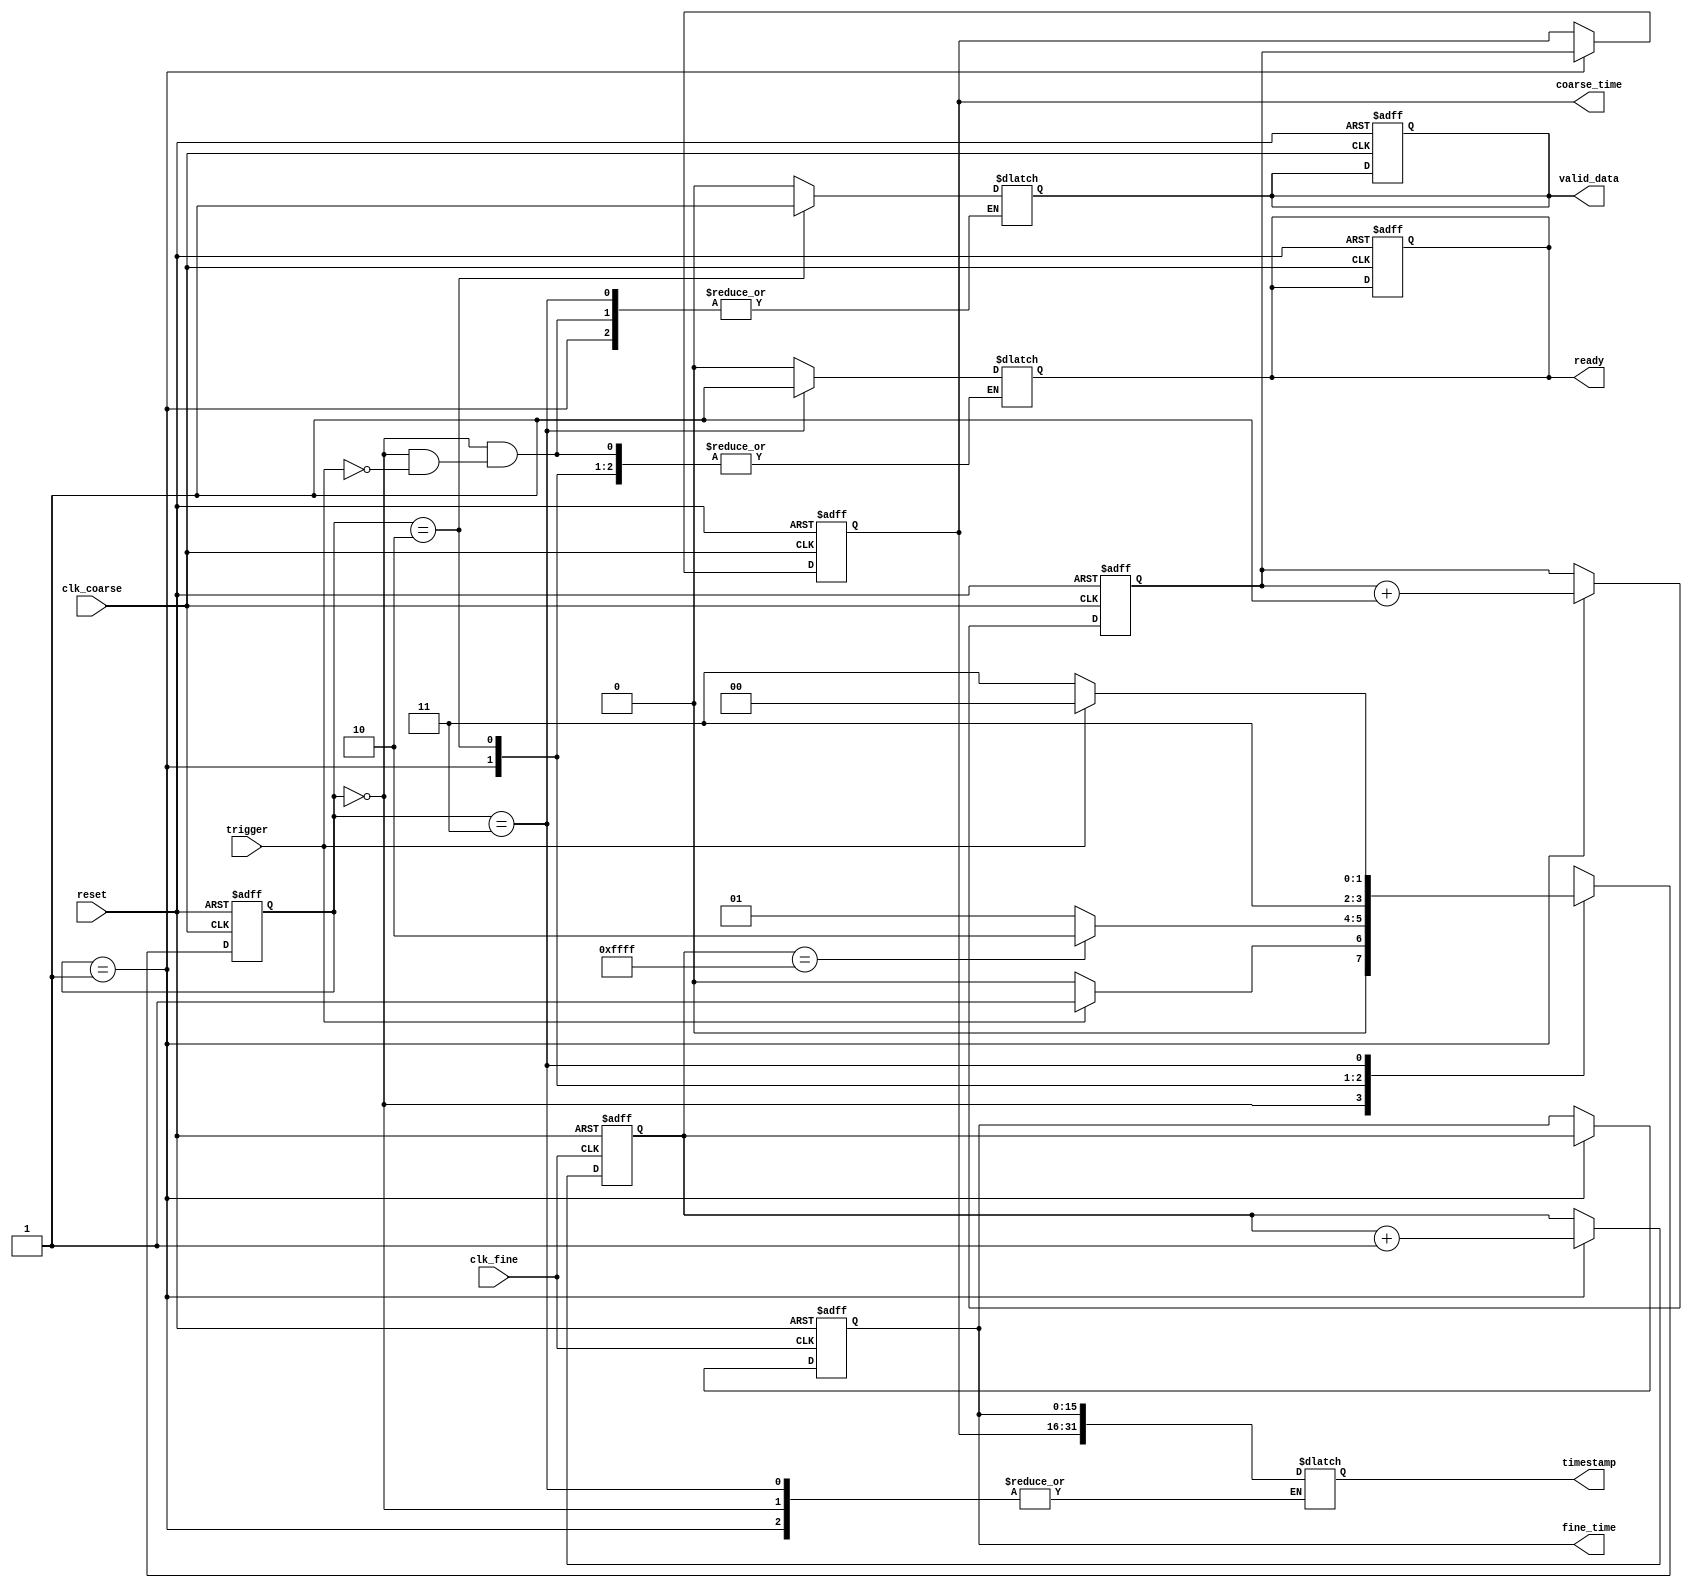
module TDC (
    input wire clk_coarse,            // Coarse clock
    input wire clk_fine,              // Fine clock
    input wire trigger,               // Trigger signal for timing
    input wire reset,                 // Reset signal
    output reg [15:0] coarse_time,    // Coarse time measurement
    output reg [15:0] fine_time,      // Fine time measurement
    output reg [31:0] timestamp,      // Combined timestamp
    output reg valid_data,            // Data valid signal
    output reg ready                  // Ready signal for output
);

    // State encoding for FSM
    localparam IDLE         = 2'b00;
    localparam MEASURE      = 2'b01;
    localparam STORE        = 2'b10;
    localparam OUTPUT       = 2'b11;

    reg [1:0] state, next_state;

    // Coarse and fine counters
    reg [15:0] coarse_counter;
    reg [15:0] fine_counter;

    // Control logic for timing
    always @(posedge clk_coarse or posedge reset) begin
        if (reset) begin
            coarse_counter <= 16'b0;
            coarse_time <= 16'b0;
        end else begin
            if (state == MEASURE) begin
                coarse_counter <= coarse_counter + 1;
                coarse_time <= coarse_counter;
            end
        end
    end

    // Fine time measurement
    always @(posedge clk_fine or posedge reset) begin
        if (reset) begin
            fine_counter <= 16'b0;
            fine_time <= 16'b0;
        end else begin
            if (state == MEASURE) begin
                fine_counter <= fine_counter + 1;
                fine_time <= fine_counter;
            end
        end
    end

    // State machine for control logic
    always @(posedge clk_coarse or posedge reset) begin
        if (reset) begin
            state <= IDLE;
            valid_data <= 1'b0;
            ready <= 1'b1;
        end else begin
            state <= next_state;
        end
    end

    // Next state logic
    always @(*) begin
        case (state)
            IDLE: begin
                if (trigger) begin
                    next_state = MEASURE;
                    valid_data = 1'b0;
                    ready = 1'b0;
                end else begin
                    next_state = IDLE;
                end
            end
            MEASURE: begin
                if (fine_counter == 16'hFFFF) begin // Assuming a finite measurement duration
                    next_state = STORE;
                end else begin
                    next_state = MEASURE;
                end
            end
            STORE: begin
                timestamp = {coarse_time, fine_time}; // Combine coarse and fine measurements
                valid_data = 1'b1; // Indicate valid data
                next_state = OUTPUT;
            end
            OUTPUT: begin
                ready = 1'b1; // Indicate that data is ready for output
                if (trigger) begin
                    next_state = IDLE; // Go back to idle if trigger is received again
                end else begin
                    next_state = OUTPUT; // Stay in output state
                end
            end
            default: next_state = IDLE; // Default case
        endcase
    end

endmodule